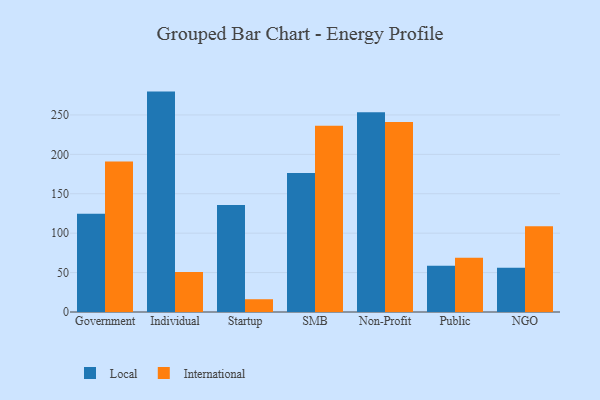
{"axis": {"x": "Segment", "y": "Customer Acquisition Cost (USD)"}, "legend": ["International", "Local"], "data": [{"x": "Government", "y": 124.5, "type": "Local"}, {"x": "Government", "y": 191.0, "type": "International"}, {"x": "Individual", "y": 279.6, "type": "Local"}, {"x": "Individual", "y": 50.6, "type": "International"}, {"x": "Startup", "y": 135.8, "type": "Local"}, {"x": "Startup", "y": 16.2, "type": "International"}, {"x": "SMB", "y": 176.4, "type": "Local"}, {"x": "SMB", "y": 236.4, "type": "International"}, {"x": "Non-Profit", "y": 253.5, "type": "Local"}, {"x": "Non-Profit", "y": 240.9, "type": "International"}, {"x": "Public", "y": 58.6, "type": "Local"}, {"x": "Public", "y": 68.9, "type": "International"}, {"x": "NGO", "y": 56.1, "type": "Local"}, {"x": "NGO", "y": 108.8, "type": "International"}]}